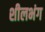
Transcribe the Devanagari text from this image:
शीलभंग